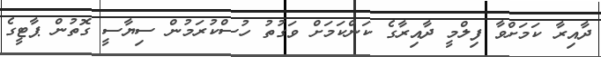
ދާއިރާ ކަމަށްވާ ފިލްމީ ދާއިރާގެ ކަންކަމަށް ވަގުތު ހުސްކުރަމުން ސިޔާސީ ގޮތުން ޕާޓީގެ